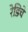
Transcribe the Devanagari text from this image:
रेडिचे